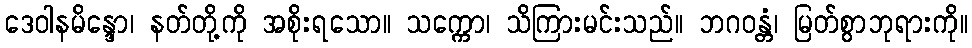
ဒေဝါနမိန္ဒော၊ နတ်တို့ကို အစိုးရသော။ သက္ကော၊ သိကြားမင်းသည်။ ဘဂဝန္တံ၊ မြတ်စွာဘုရားကို။